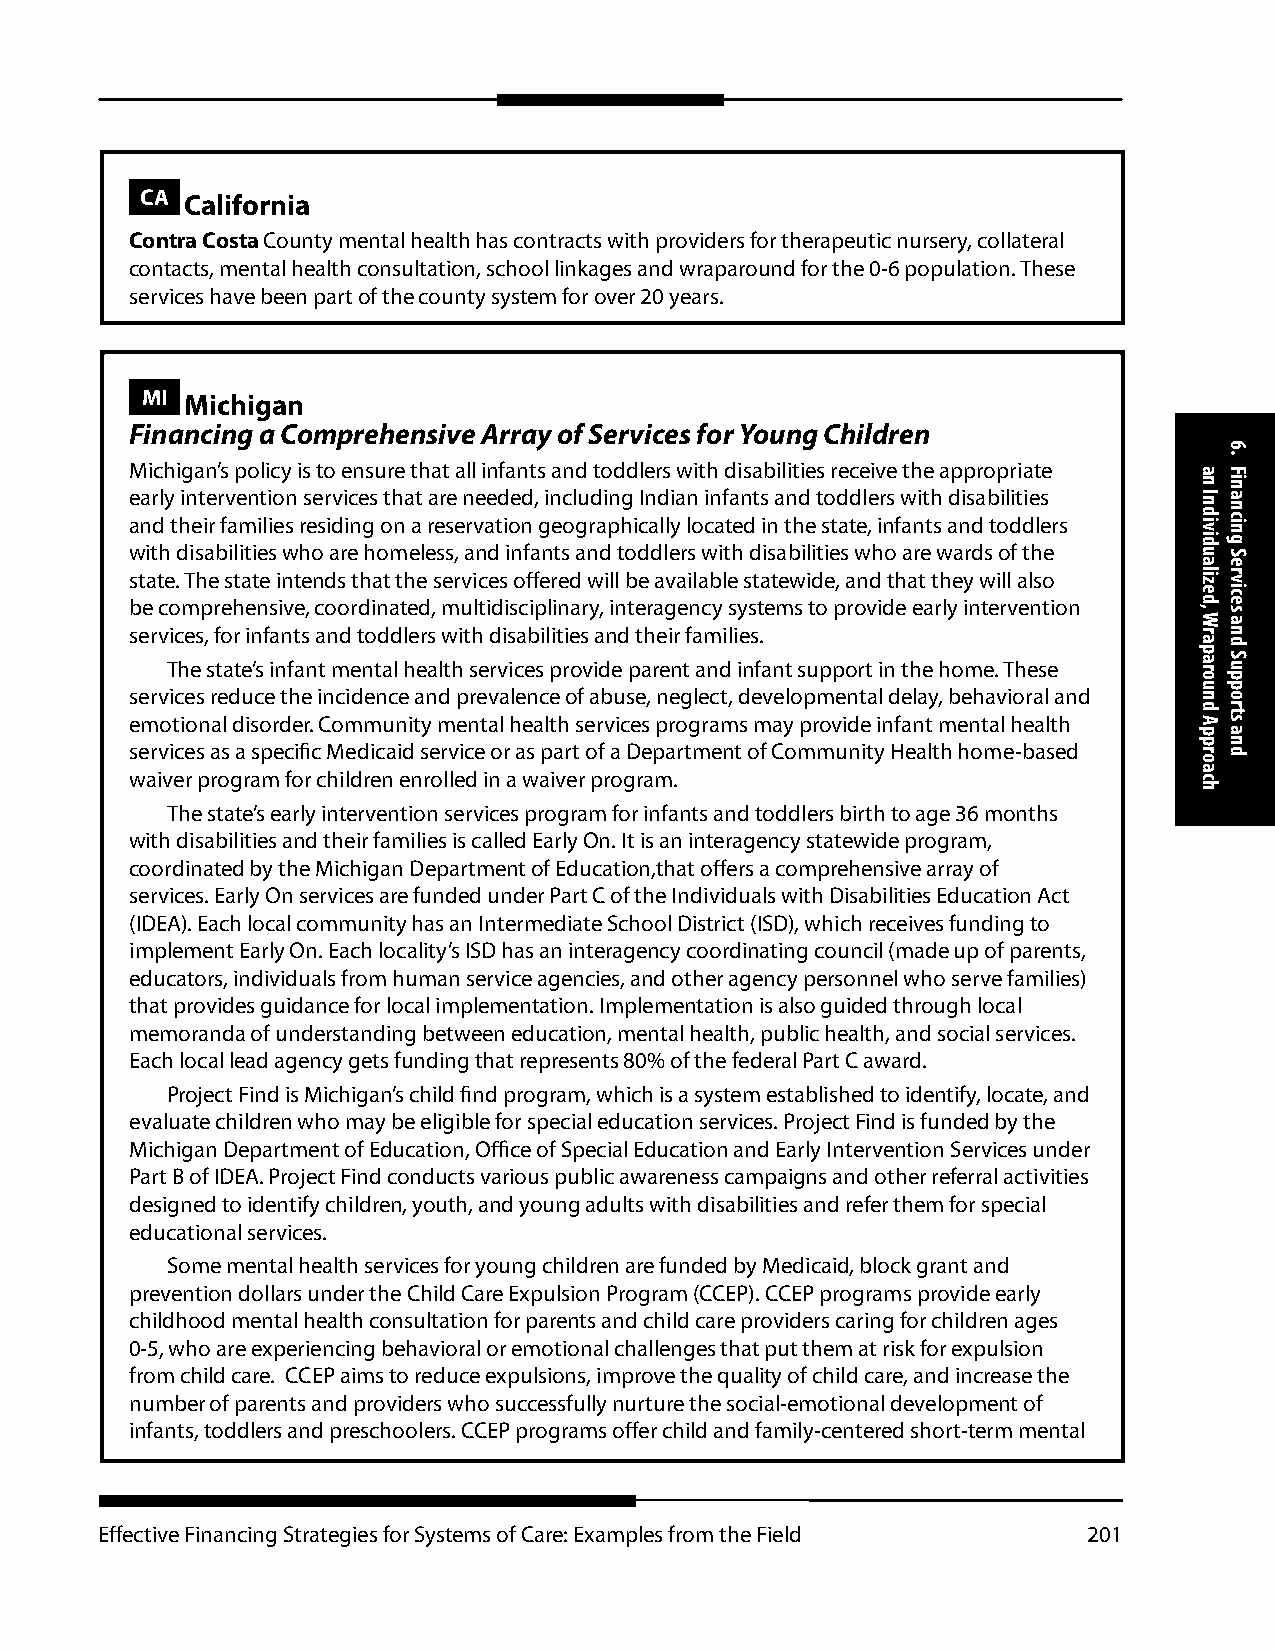
CA California
 Contra Costa County mental health has contracts with providers for therapeutic nursery, collateral
 contacts, mental health consultation, school linkages and wraparound for the 0-6 population. These
 services have been part of the county system for over 20 years.
 MI Michigan
 Financing a Comprehensive Array of Services for Young Children
 Michigan’s policy is to ensure that all infants and toddlers with disabilities receive the appropriate
 early intervention services that are needed, including Indian infants and toddlers with disabilities
 and their families residing on a reservation geographically located in the state, infants and toddlers
 with disabilities who are homeless, and infants and toddlers with disabilities who are wards of the
 state. The state intends that the services offered will be available statewide, and that they will also
 be comprehensive, coordinated, multidisciplinary, interagency systems to provide early intervention
 services, for infants and toddlers with disabilities and their families.
 The state’s infant mental health services provide parent and infant support in the home. These
 services reduce the incidence and prevalence of abuse, neglect, developmental delay, behavioral and
 emotional disorder. Community mental health services programs may provide infant mental health
 services as a specific Medicaid service or as part of a Department of Community Health home-based
 waiver program for children enrolled in a waiver program.
 The state’s early intervention services program for infants and toddlers birth to age 36 months
 with disabilities and their families is called Early On. It is an interagency statewide program,
 coordinated by the Michigan Department of Education,that offers a comprehensive array of
 services. Early On services are funded under Part C of the Individuals with Disabilities Education Act
 (IDEA). Each local community has an Intermediate School District (ISD), which receives funding to
 implement Early On. Each locality’s ISD has an interagency coordinating council (made up of parents,
 educators, individuals from human service agencies, and other agency personnel who serve families)
 that provides guidance for local implementation. Implementation is also guided through local
 memoranda of understanding between education, mental health, public health, and social services.
 Each local lead agency gets funding that represents 80% of the federal Part C award.
 Project Find is Michigan’s child find program, which is a system established to identify, locate, and
 evaluate children who may be eligible for special education services. Project Find is funded by the
 Michigan Department of Education, Office of Special Education and Early Intervention Services under
 Part B of IDEA. Project Find conducts various public awareness campaigns and other referral activities
 designed to identify children, youth, and young adults with disabilities and refer them for special
 educational services.
 Some mental health services for young children are funded by Medicaid, block grant and
 prevention dollars under the Child Care Expulsion Program (CCEP). CCEP programs provide early
 childhood mental health consultation for parents and child care providers caring for children ages
 0-5, who are experiencing behavioral or emotional challenges that put them at risk for expulsion
 from child care. CCEP aims to reduce expulsions, improve the quality of child care, and increase the
 number of parents and providers who successfully nurture the social-emotional development of
 infants, toddlers and preschoolers. CCEP programs offer child and family-centered short-term mental
 Effective Financing Strategies for Systems of Care: Examples from the Field 201
 an
 Individualized,
 Wraparound
 Approach
 6.
 Financing
 Services
 and
 Supports
 and